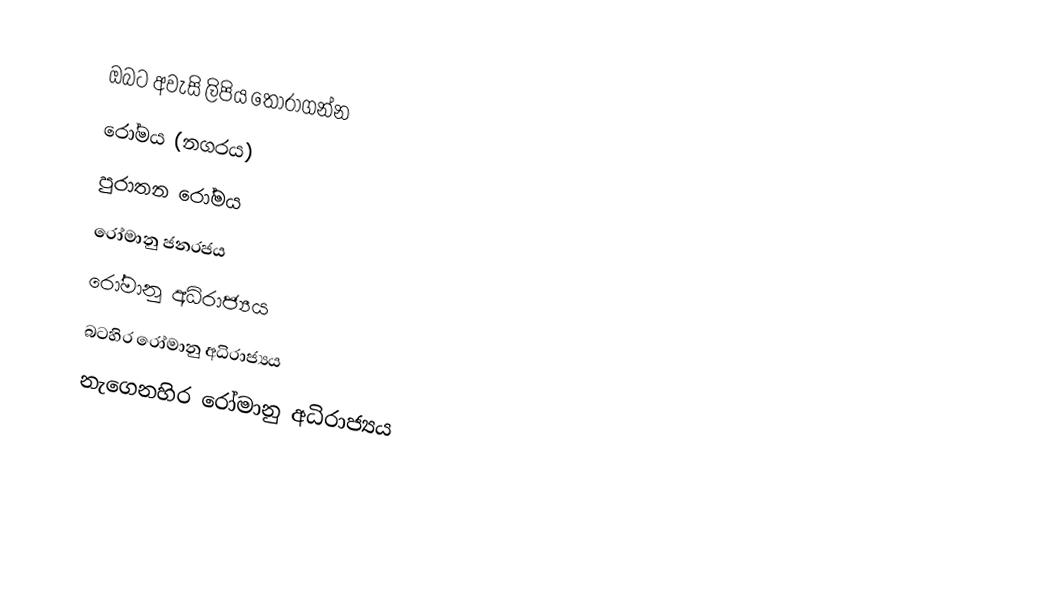
ඔබට අවැසි ලිපිය තෝරාගන්න
 රෝමය (නගරය)
 පුරාතන රෝමය
 රෝමානු ජනරජය
 රෝමානු අධිරාජ්‍යය
 බටහිර රෝමානු අධිරාජ්‍යය
 නැගෙනහිර රෝමානු අධිරාජ්‍යය